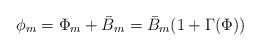
\begin{align*}\phi_{m} = \Phi_{m} + \bar{B}_{m} = \bar{B}_{m}(1+\Gamma(\Phi)) \end{align*}